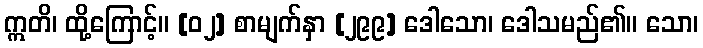
ဣတိ၊ ထို့ကြောင့်။ [၀၂] စာမျက်နှာ [၂၉၉] ဒေါသော၊ ဒေါသမည်၏။ သော၊